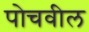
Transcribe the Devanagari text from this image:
पोचवील